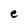
Character: e